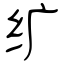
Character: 纩